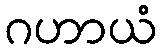
ဂဟာယံ